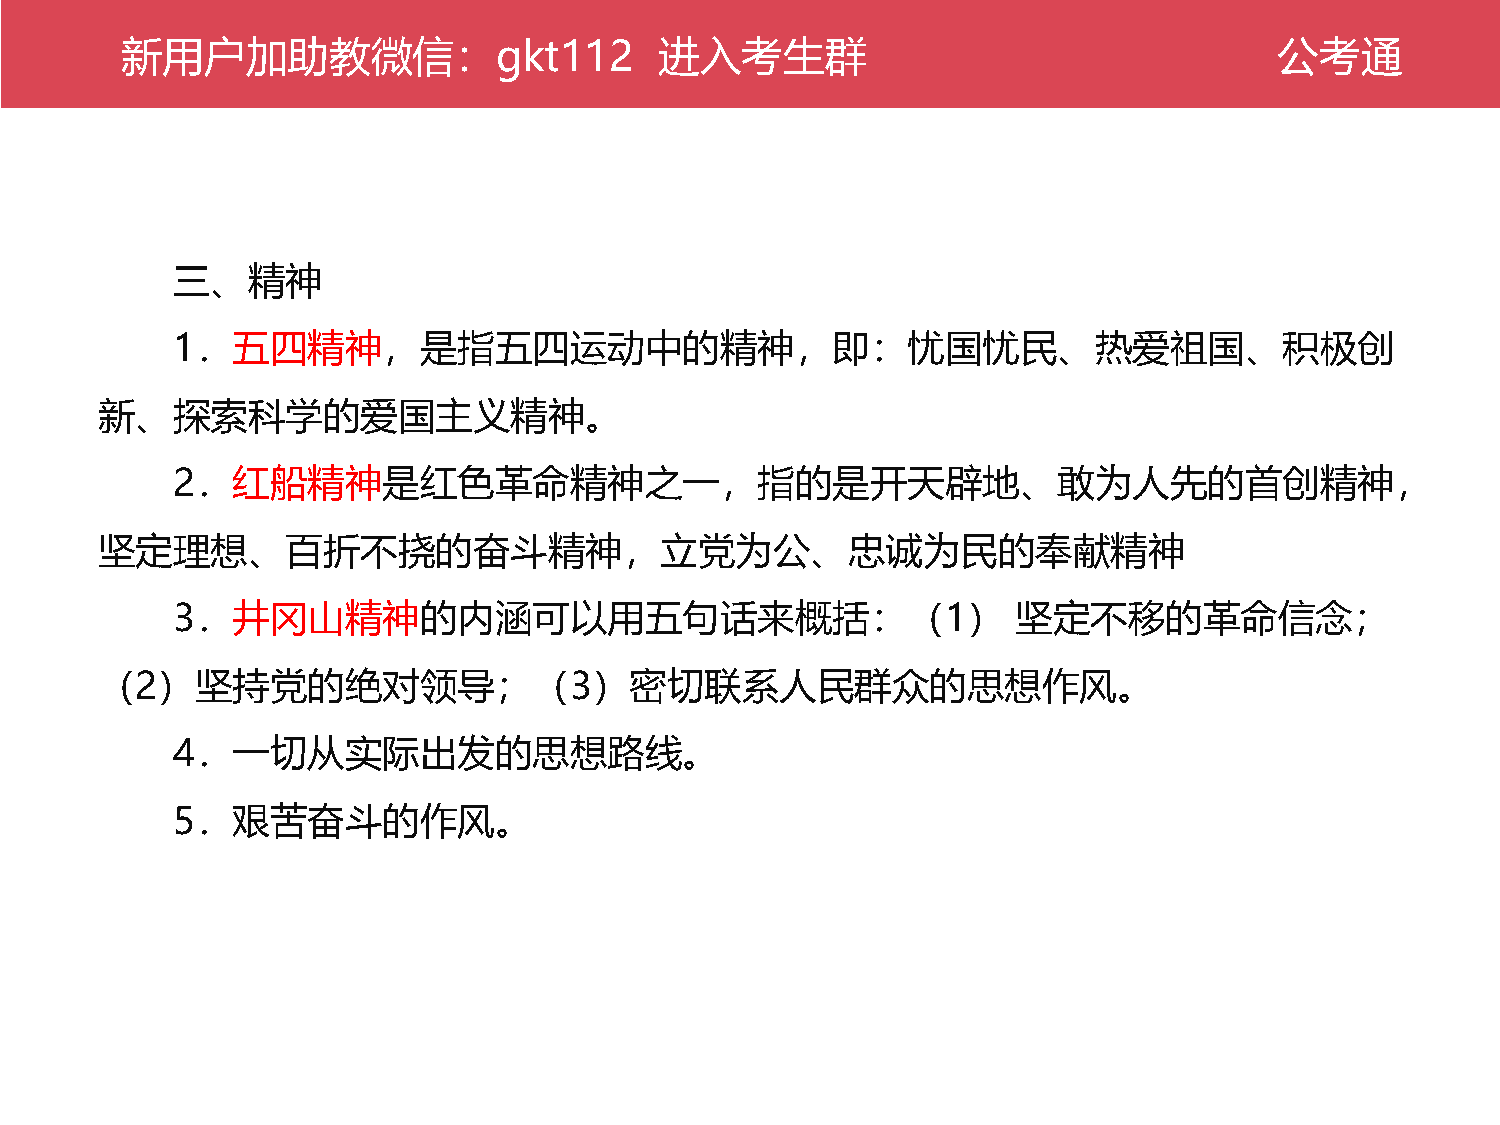
新公用考户通加助教微信：gkt112                  进入考生群                                    公考通
 三、精神
 1．五四精神，是指五四运动中的精神，即：忧国忧民、热爱祖国、积极创
 新、探索科学的爱国主义精神。
 2．红船精神是红色革命精神之一，指的是开天辟地、敢为人先的首创精神，
 坚定理想、百折不挠的奋斗精神，立党为公、忠诚为民的奉献精神
 3．井冈山精神的内涵可以用五句话来概括：（1）                                 坚定不移的革命信念；
 （2）坚持党的绝对领导；（3）密切联系人民群众的思想作风。
 4．一切从实际出发的思想路线。
 5．艰苦奋斗的作风。